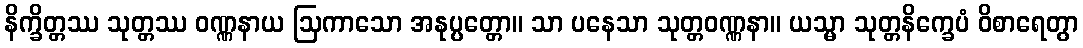
နိက္ခိတ္တဿ သုတ္တဿ ဝဏ္ဏနာယ ဩကာသော အနုပ္ပတ္တော။ သာ ပနေသာ သုတ္တဝဏ္ဏနာ။ ယသ္မာ သုတ္တနိက္ခေပံ ဝိစာရေတွာ